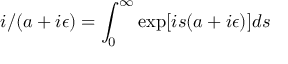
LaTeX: i / ( a + i \epsilon ) = \int _ { 0 } ^ { \infty } \exp [ i s ( a + i \epsilon ) ] d s